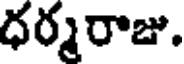
ధర్మరాజు.